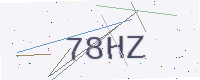
Text: 78HZ